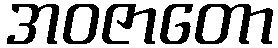
အဝဇာတော